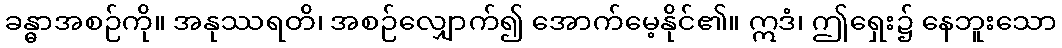
ခန္ဓာအစဉ်ကို။ အနုဿရတိ၊ အစဉ်လျှောက်၍ အောက်မေ့နိုင်၏။ ဣဒံ၊ ဤရှေး၌ နေဘူးသော